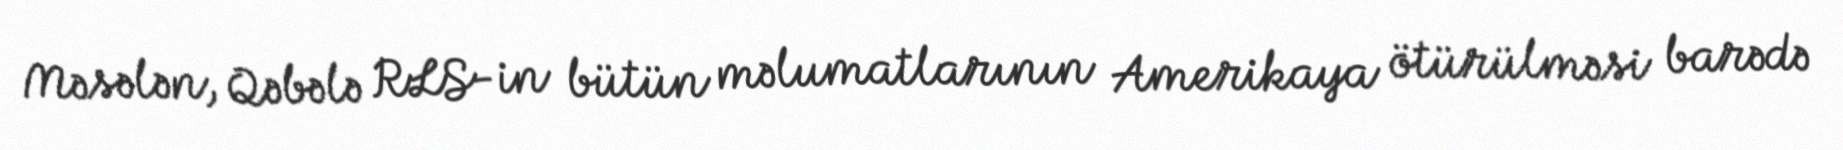
Məsələn, Qəbələ RLS-in bütün məlumatlarının Amerikaya ötürülməsi barədə